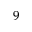
^ { 9 }